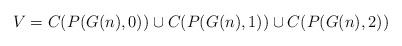
LaTeX: \begin{align*} V = C(P(G(n),0)) \cup C(P(G(n),1)) \cup C(P(G(n),2))\end{align*}